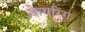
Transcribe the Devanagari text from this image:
केयरिंग